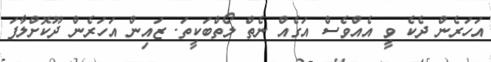
އަހަރެން ދެކެ ވީ އެއްވެސް އަގެއް ނެތް ލޯތްބަކީތަ. ޒައިން އަހަރެން ދޫކޮށްލާފަ